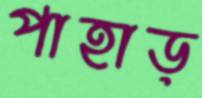
পাহাড়